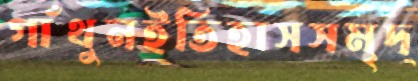
গাঁথুনইতিহাসসমৃদ্